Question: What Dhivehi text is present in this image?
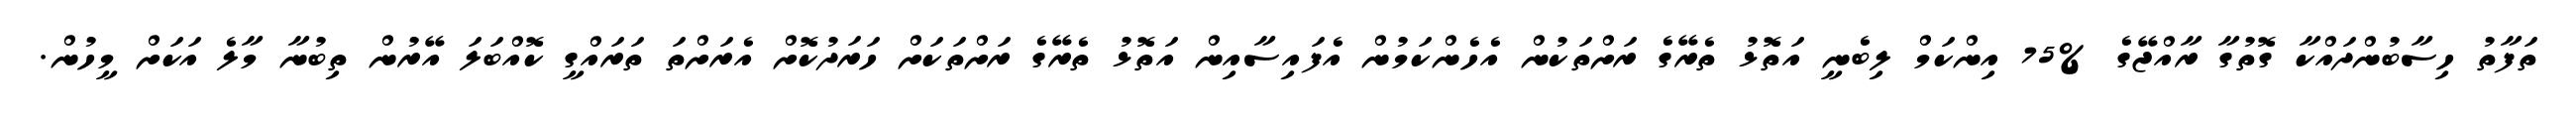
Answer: ތަފާތު ހިސާބުންދައްކާ ގޮތުގާ ރާއްޖޭގެ %75 އިންކަމް ލިބެނީ އަތޮޅު ތެރޭގެ ރަށްތަކުން އެހެންކަމުން އެފައިސާއިން އަތޮޅު ތެރޭގެ ރަށްތަކަށް ހަރަދުކޮށް އެރަށްތަ ތަރައްގީ ކޮއްބަލަ އޭރުން ތިބުނާ މާލެ އަކަށް މީހުން.